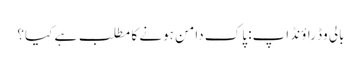
بالی وڈ راؤنڈ اپ: پاک دامن ہونے کا مطلب ہے کیا؟